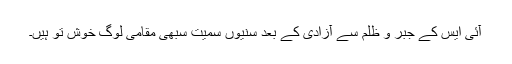
آئی ایس کے جبر و ظلم سے آزادی کے بعد سنیوں سمیت سبھی مقامی لوگ خوش تو ہیں۔